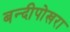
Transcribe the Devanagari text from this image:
बन्दीपोखरा